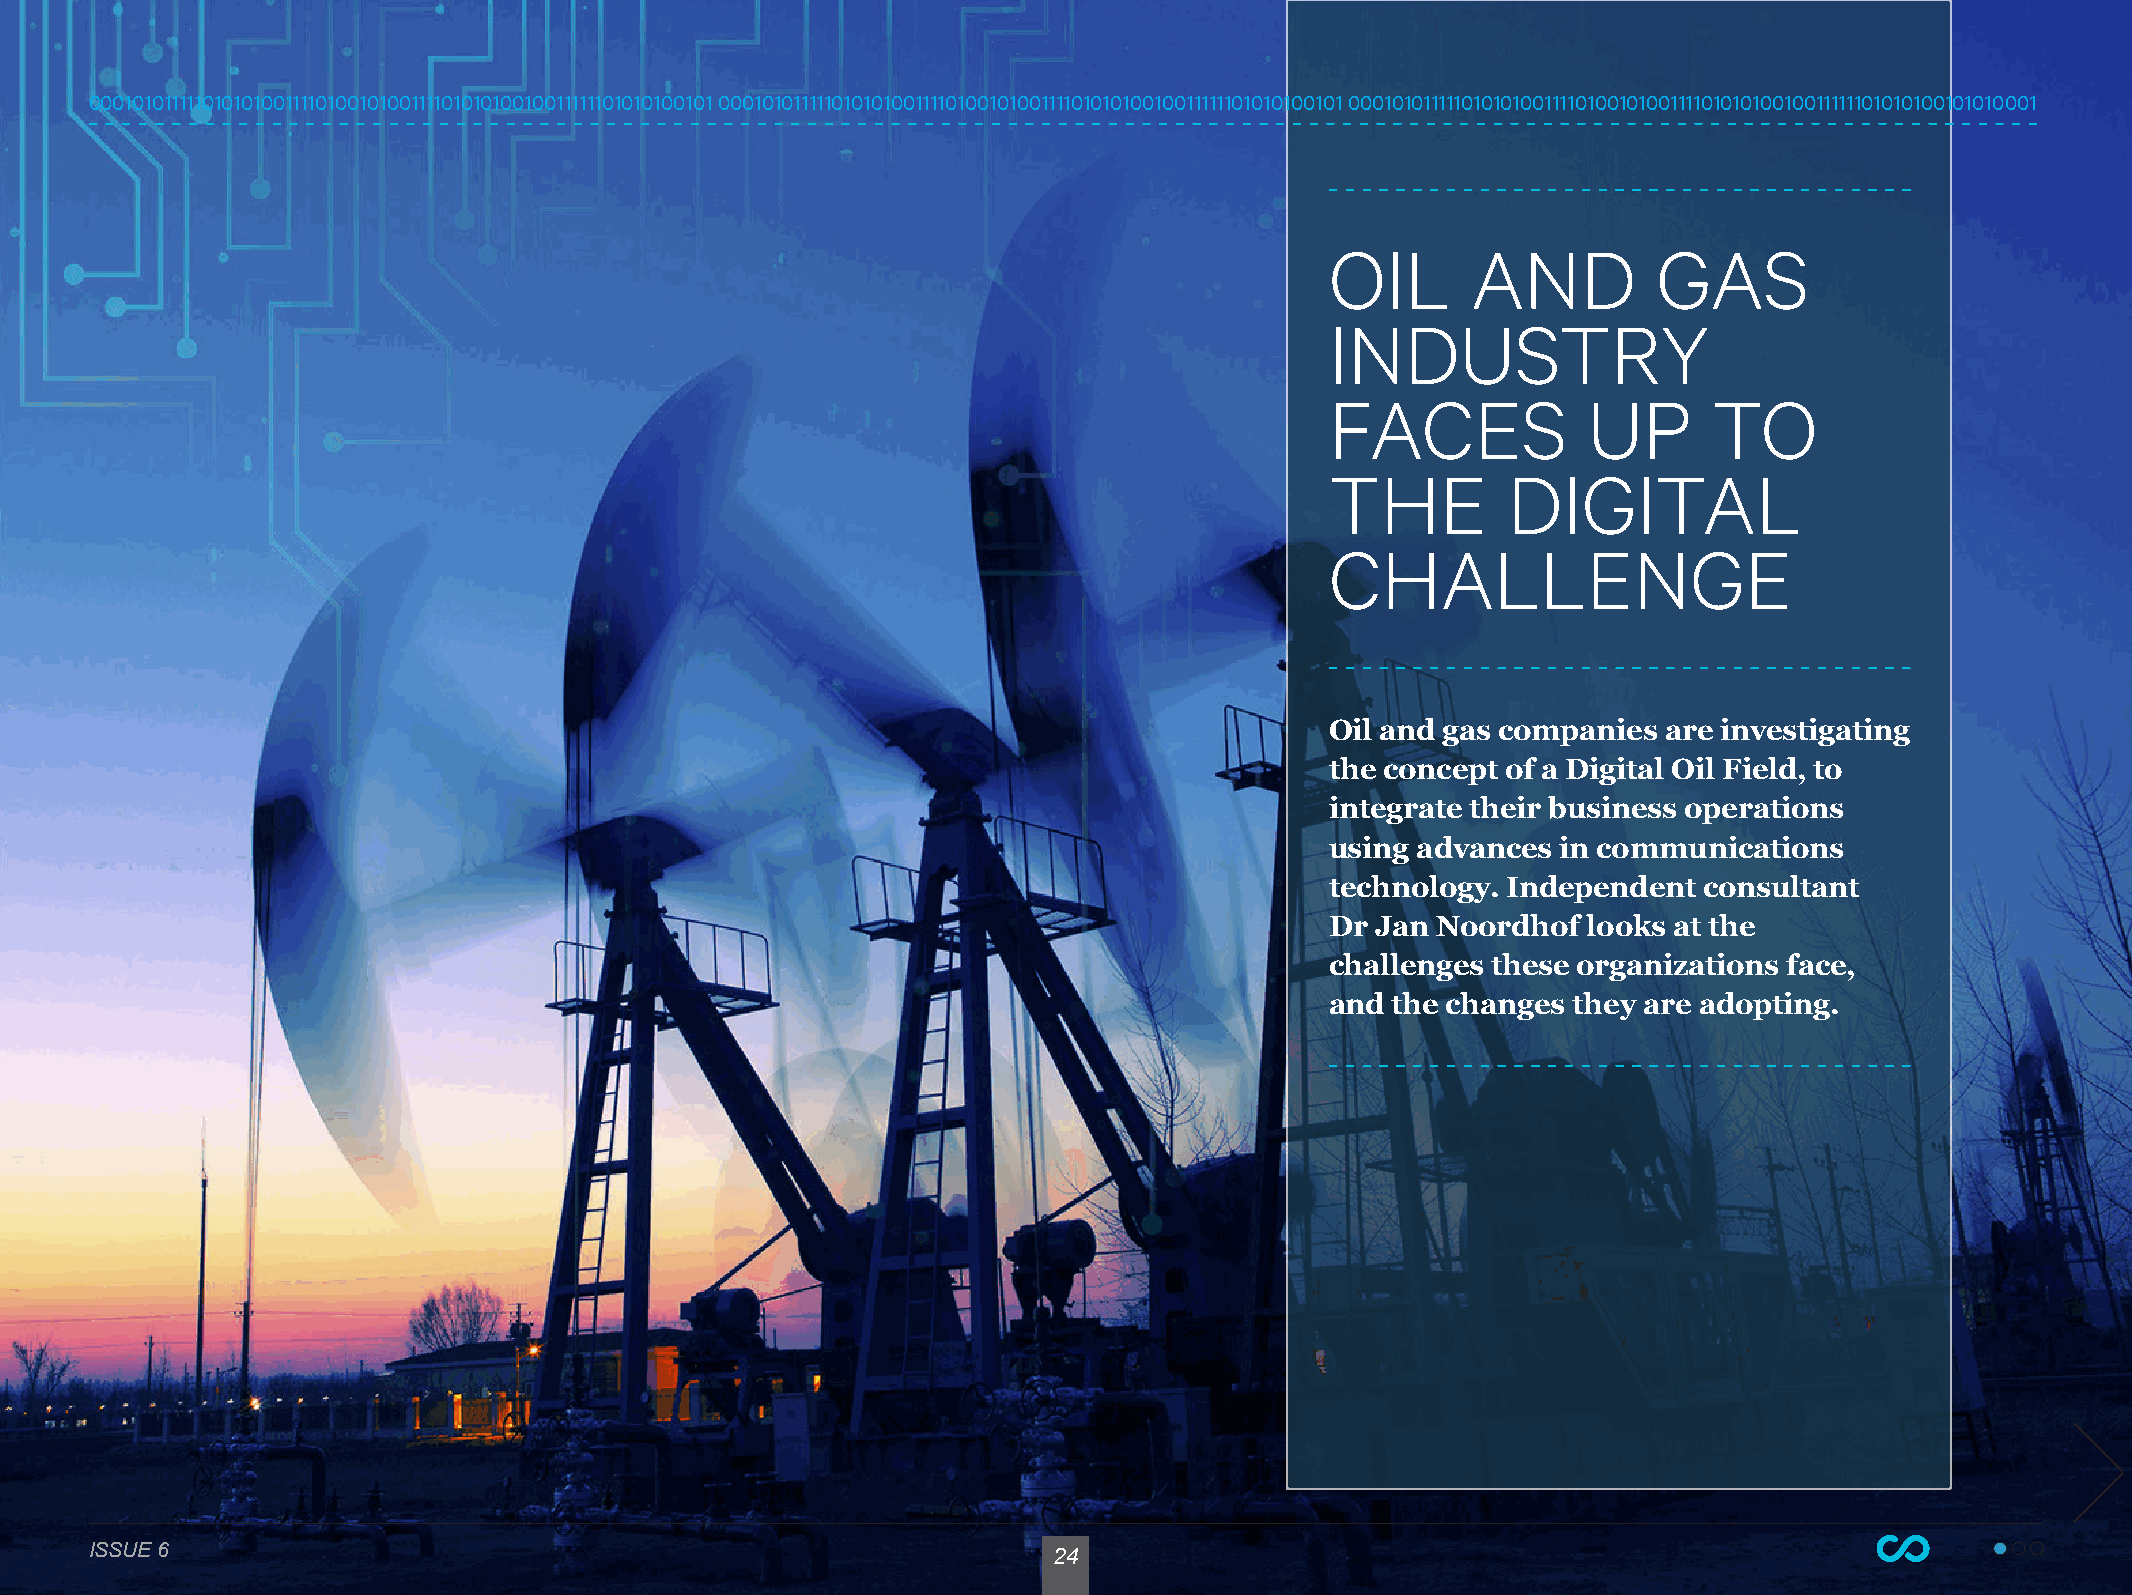
00010101111101010100111101001010011110101010010011111101010100101 00010101111101010100111101001010011110101010010011111101010100101 00010101111101010100111101001010011110101010010011111101010100101010001
 OIL      AND          GAS
 INDUSTRY
 FACES            UP      TO
 THE         DIGITAL
 CHALLENGE
 Oil and gas companies are investigating
 the concept of a Digital Oil Field, to
 integrate their business operations
 using advances in communications
 technology. Independent  consultant
 Dr Jan Noordhof  looks at the
 challenges these organizations face,
 and the changes they are adopting.
 ISSUE 6                                                         24